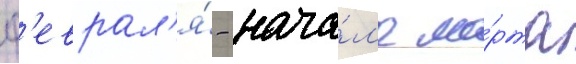
ф'еврал'я́ - нача́л'е ма́рта